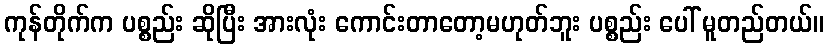
ကုန်တိုက်က ပစ္စည်း ဆိုပြီး အားလုံး ကောင်းတာတော့မဟုတ်ဘူး ပစ္စည်း ပေါ် မူတည်တယ်။